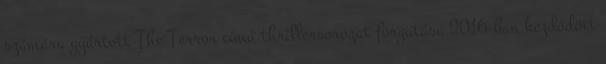
számára gyártott The Terror című thrillersorozat forgatása 2016-ban kezdődött